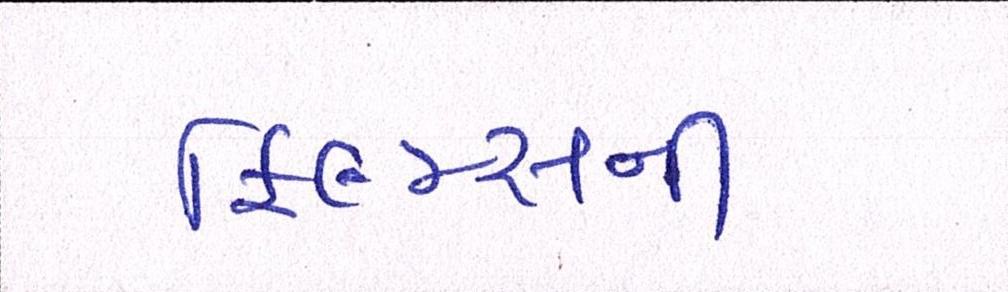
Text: ફિલ્મ્સની